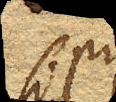
si pro